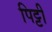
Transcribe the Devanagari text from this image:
पिट्टी